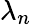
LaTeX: \lambda_{n}